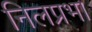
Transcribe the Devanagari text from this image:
निलप्रभा